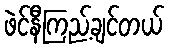
ဖဲင်နီကြည့်ချင်တယ်